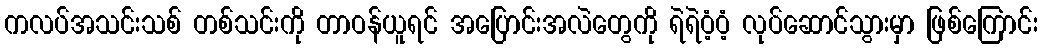
ကလပ်အသင်းသစ် တစ်သင်းကို တာဝန်ယူရင် အပြောင်းအလဲတွေကို ရဲရဲဝံ့ဝံ့ လုပ်ဆောင်သွားမှာ ဖြစ်ကြောင်း